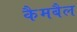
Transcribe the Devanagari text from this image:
कैमबैल